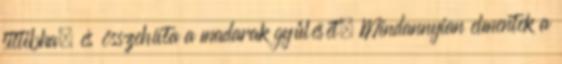
tittibha, és összehívta a madarak gyűlését. Mindannyian elmentek a